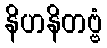
နိဟနိတဗ္ဗံ